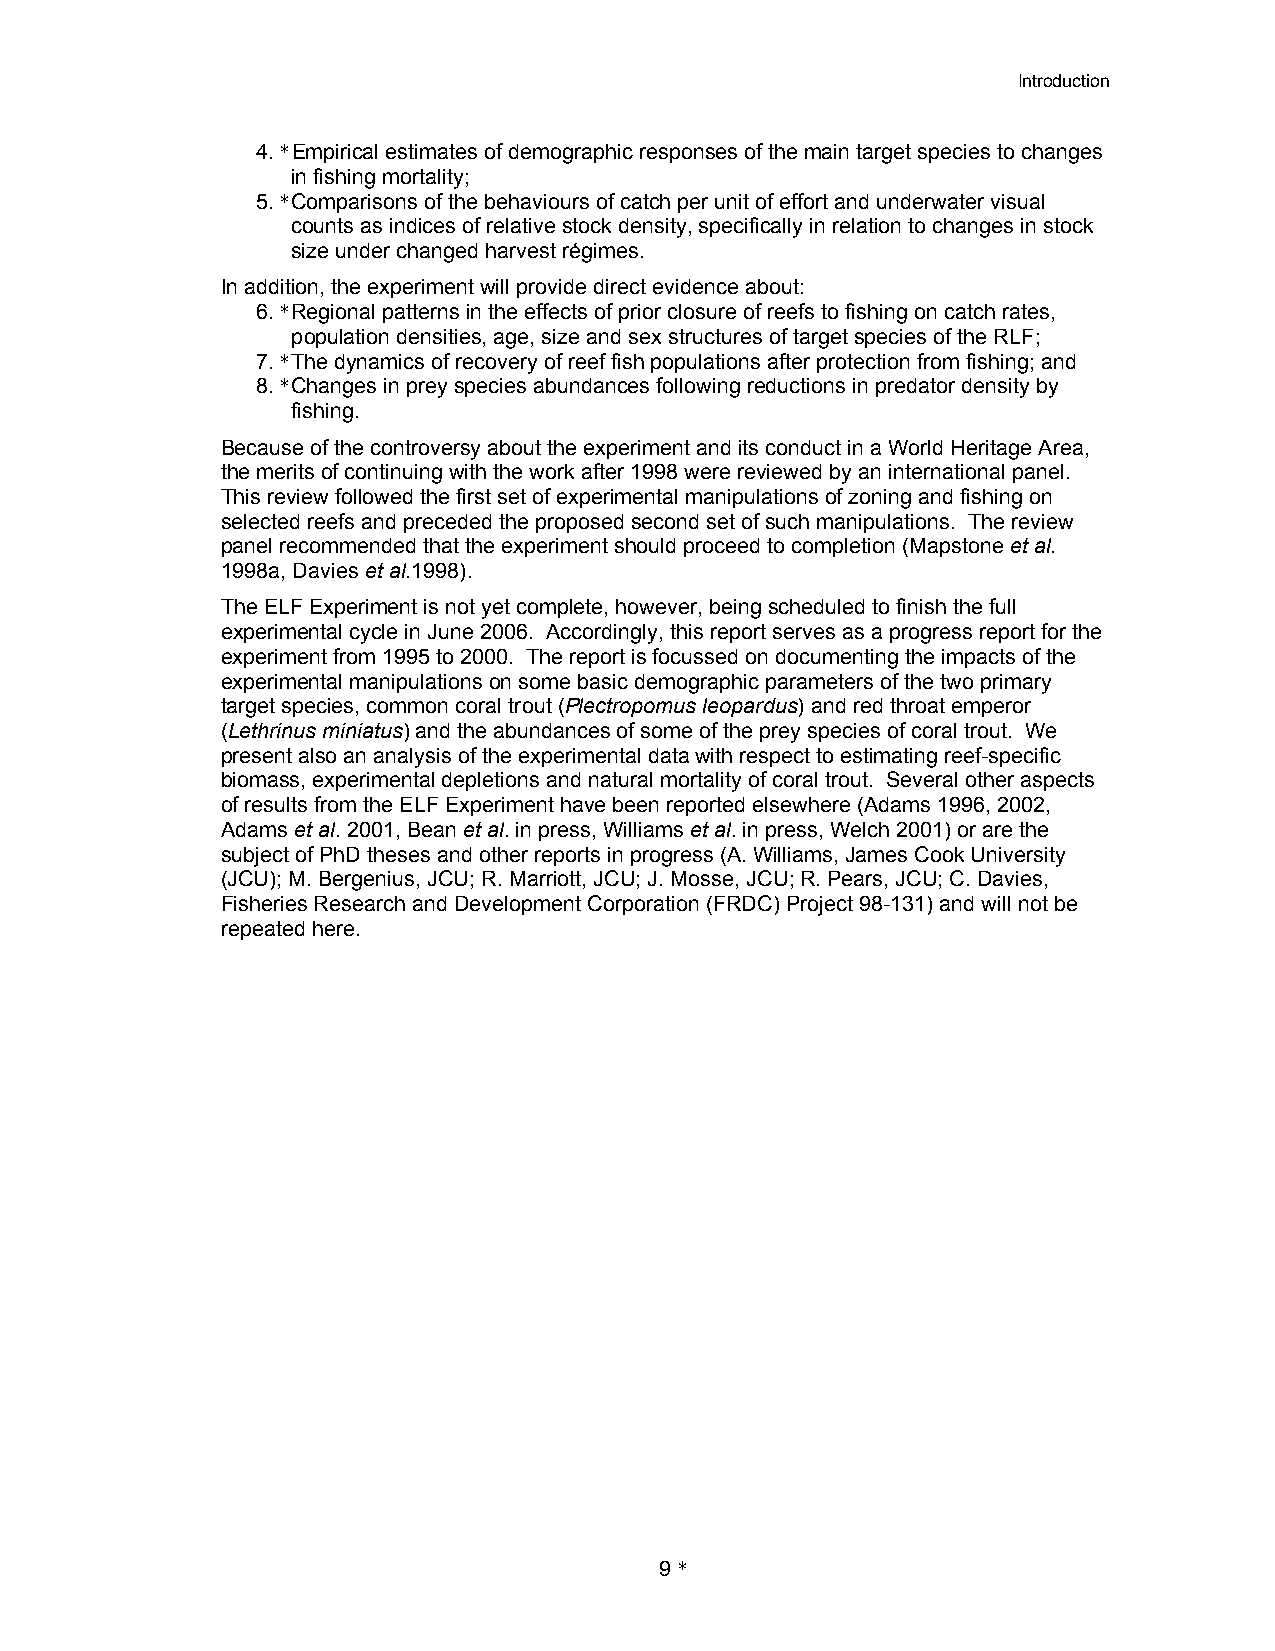
Introduction
 4. * Empirical estimates of demographic responses of the main target species to changes
 in fishing mortality;
 5. * Comparisons of the behaviours of catch per unit of effort and underwater visual
 counts as indices of relative stock density, specifically in relation to changes in stock
 size under changed harvest régimes.
 In addition, the experiment will provide direct evidence about:
 6. * Regional patterns in the effects of prior closure of reefs to fishing on catch rates,
 population densities, age, size and sex structures of target species of the RLF;
 7. * The dynamics of recovery of reef fish populations after protection from fishing; and
 8. * Changes in prey species abundances following reductions in predator density by
 fishing.
 Because of the controversy about the experiment and its conduct in a World Heritage Area,
 the merits of continuing with the work after 1998 were reviewed by an international panel.
 This review followed the first set of experimental manipulations of zoning and fishing on
 selected reefs and preceded the proposed second set of such manipulations. The review
 panel recommended that the experiment should proceed to completion (Mapstone et al.
 1998a, Davies et al.1998).
 The ELF Experiment is not yet complete, however, being scheduled to finish the full
 experimental cycle in June 2006. Accordingly, this report serves as a progress report for the
 experiment from 1995 to 2000. The report is focussed on documenting the impacts of the
 experimental manipulations on some basic demographic parameters of the two primary
 target species, common coral trout (Plectropomus leopardus) and red throat emperor
 (Lethrinus miniatus) and the abundances of some of the prey species of coral trout. We
 present also an analysis of the experimental data with respect to estimating reef-specific
 biomass, experimental depletions and natural mortality of coral trout. Several other aspects
 of results from the ELF Experiment have been reported elsewhere (Adams 1996, 2002,
 Adams et al. 2001, Bean et al. in press, Williams et al. in press, Welch 2001) or are the
 subject of PhD theses and other reports in progress (A. Williams, James Cook University
 (JCU); M. Bergenius, JCU; R. Marriott, JCU; J. Mosse, JCU; R. Pears, JCU; C. Davies,
 Fisheries Research and Development Corporation (FRDC) Project 98-131) and will not be
 repeated here.
 9 *